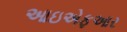
આઇએફઆર